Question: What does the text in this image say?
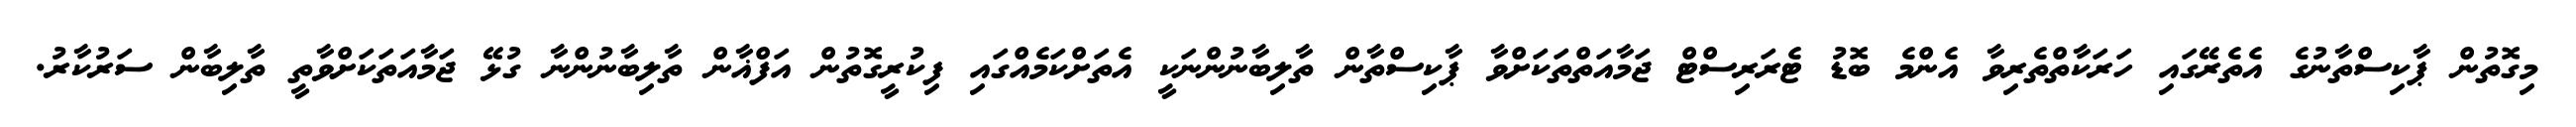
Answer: މިގޮތުން ޕާކިސްތާނުގެ އެތެރޭގައި ހަރަކާތްތެރިވާ އެންމެ ބޮޑު ޓެރަރިސްޓް ޖަމާއަތްތަކަށްވާ ޕާކިސްތާން ތާލިބާނުންނަކީ އެތަށްކަމެއްގައި ފިކުރީގޮތުން އަފްޣާން ތާލިބާނުންނާ ގުޅޭ ޖަމާއަތަކަށްވާތީ ތާލިބާން ސަރުކާރު.